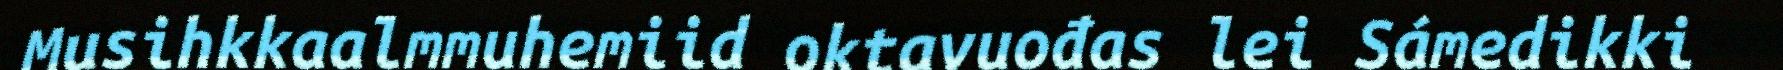
Musihkkaalmmuhemiid oktavuođas lei Sámedikki